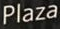
Plaza